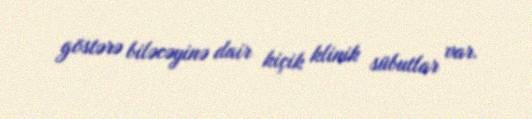
göstərə biləcəyinə dair kiçik klinik sübutlar var.